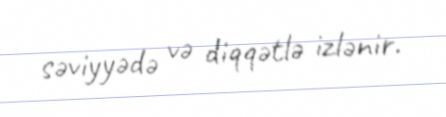
səviyyədə və diqqətlə izlənir.